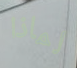
لماذا